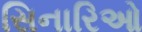
સિનારિઓ